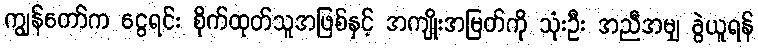
ကျွန်တော်က ငွေရင်း စိုက်ထုတ်သူအဖြစ်နှင့် အကျိုးအမြတ်ကို သုံးဦး အညီအမျှ ခွဲယူရန်